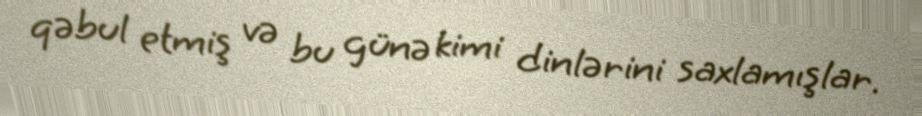
qəbul etmiş və bu günə kimi dinlərini saxlamışlar.